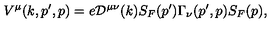
V ^ { \mu } ( k , p ^ { \prime } , p ) = e { \cal D } ^ { \mu \nu } ( k ) S _ { F } ( p ^ { \prime } ) \Gamma _ { \nu } ( p ^ { \prime } , p ) S _ { F } ( p ) ,